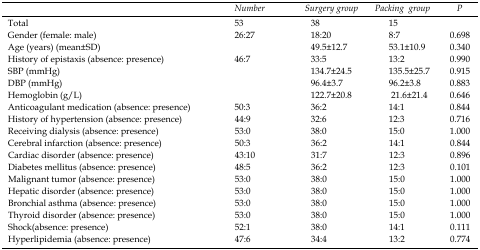
|  | Number | Surgery group | Packing group | P |
 | --- | --- | --- | --- | --- |
 | Total | 53 | 38 | 15 |  |
 | Gender (female: male) | 26:27 | 18:20 | 8:7 | 0.698 |
 | Age (years) (mean±SD) |  | 49.5±12.7 | 53.1±10.9 | 0.340 |
 | History of epistaxis (absence: presence) | 46:7 | 33:5 | 13:2 | 0.990 |
 | SBP (mmHg) |  | 134.7±24.5 | 135.5±25.7 | 0.915 |
 | DBP (mmHg) |  | 96.4±3.7 | 96.2±3.8 | 0.883 |
 | Hemoglobin (g/L) |  | 122.7±20.8 | 21.6±21.4 | 0.646 |
 | Anticoagulant medication (absence: presence) | 50:3 | 36:2 | 14:1 | 0.844 |
 | History of hypertension (absence: presence) | 44:9 | 32:6 | 12:3 | 0.716 |
 | Receiving dialysis (absence: presence) | 53:0 | 38:0 | 15:0 | 1.000 |
 | Cerebral infarction (absence: presence) | 50:3 | 36:2 | 14:1 | 0.844 |
 | Cardiac disorder (absence: presence) | 43:10 | 31:7 | 12:3 | 0.896 |
 | Diabetes mellitus (absence: presence) | 48:5 | 36:2 | 12:3 | 0.101 |
 | Malignant tumor (absence: presence) | 53:0 | 38:0 | 15:0 | 1.000 |
 | Hepatic disorder (absence: presence) | 53:0 | 38:0 | 15:0 | 1.000 |
 | Bronchial asthma (absence: presence) | 53:0 | 38:0 | 15:0 | 1.000 |
 | Thyroid disorder (absence: presence) | 53:0 | 38:0 | 15:0 | 1.000 |
 | Shock(absence: presence) | 52:1 | 38:0 | 14:1 | 0.111 |
 | Hyperlipidemia (absence: presence) | 47:6 | 34:4 | 13:2 | 0.774 |